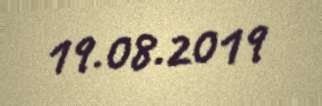
19.08.2019